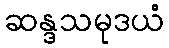
ဆန္ဒသမုဒယံ